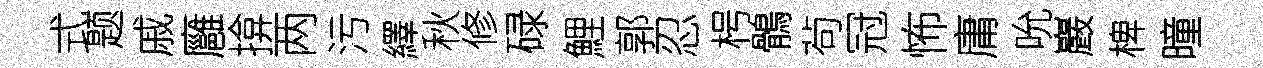
式题戚廱揜两污繹秋修碌鯉郭忍枵鶻茍冠怖庸吮巖椑曈